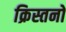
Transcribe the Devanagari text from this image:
क्रिस्तनों